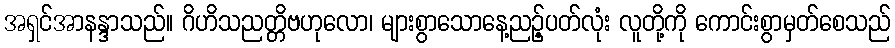
အရှင်အာနန္ဒာသည်။ ဂိဟိသညတ္တိဗဟုလော၊ များစွာသောနေ့ညဉ့်ပတ်လုံး လူတို့ကို ကောင်းစွာမှတ်စေသည်